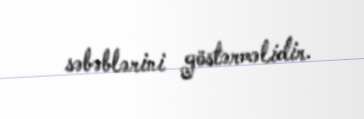
səbəblərini göstərməlidir.